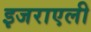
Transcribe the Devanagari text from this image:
इजराएली